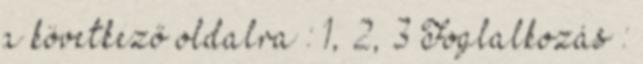
a következő oldalra : 1, 2, 3 Foglalkozás :